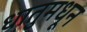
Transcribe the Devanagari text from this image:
धातुमधून